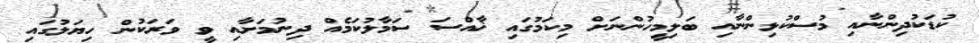
ކުޑަކުދިންނާއި މުސްކުޅިންނާއި ބަލިމީހުންނަށް މިކަމުގައި ޚާއްސަ ސަމާލުކަމެއް ދިނުމަށާއި ވީ ވަރަކުން ހިޔަލުގައި